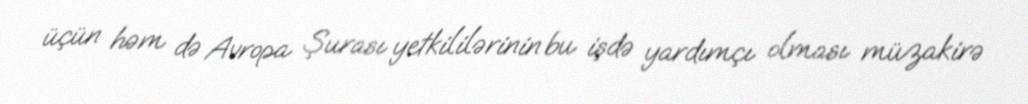
üçün həm də Avropa Şurası yetkililərinin bu işdə yardımçı olması müzakirə